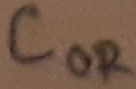
Text: COR